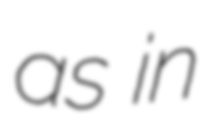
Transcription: as in